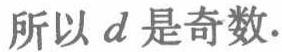
所以 \(d\) 是奇数.